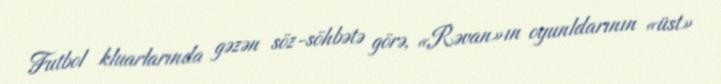
Futbol kluarlarında gəzən söz-söhbətə görə, «Rəvan»ın oyunldarının «üst»